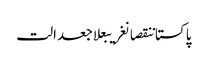
پاکستاننقصانغریبعلاجعدالت